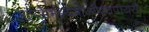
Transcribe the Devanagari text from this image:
सुपक्कैर्भक्ष्यभोज्यैश्चपायसैः